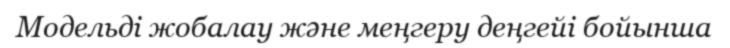
Модельді жобалау және меңгеру деңгейі бойынша